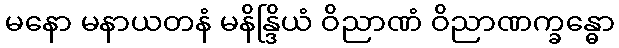
မနော မနာယတနံ မနိန္ဒြိယံ ဝိညာဏံ ဝိညာဏက္ခန္ဓော